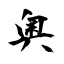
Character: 奥